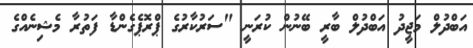
އަބްދުލް މަޖީދު އަބްދުލް ބާރީ ބޭނުން ކުރަނީ "ސަރުކާރުގެ ޕްރޮޕެގެންޑާ ފަތުރާ މެޝިނެއްގެ